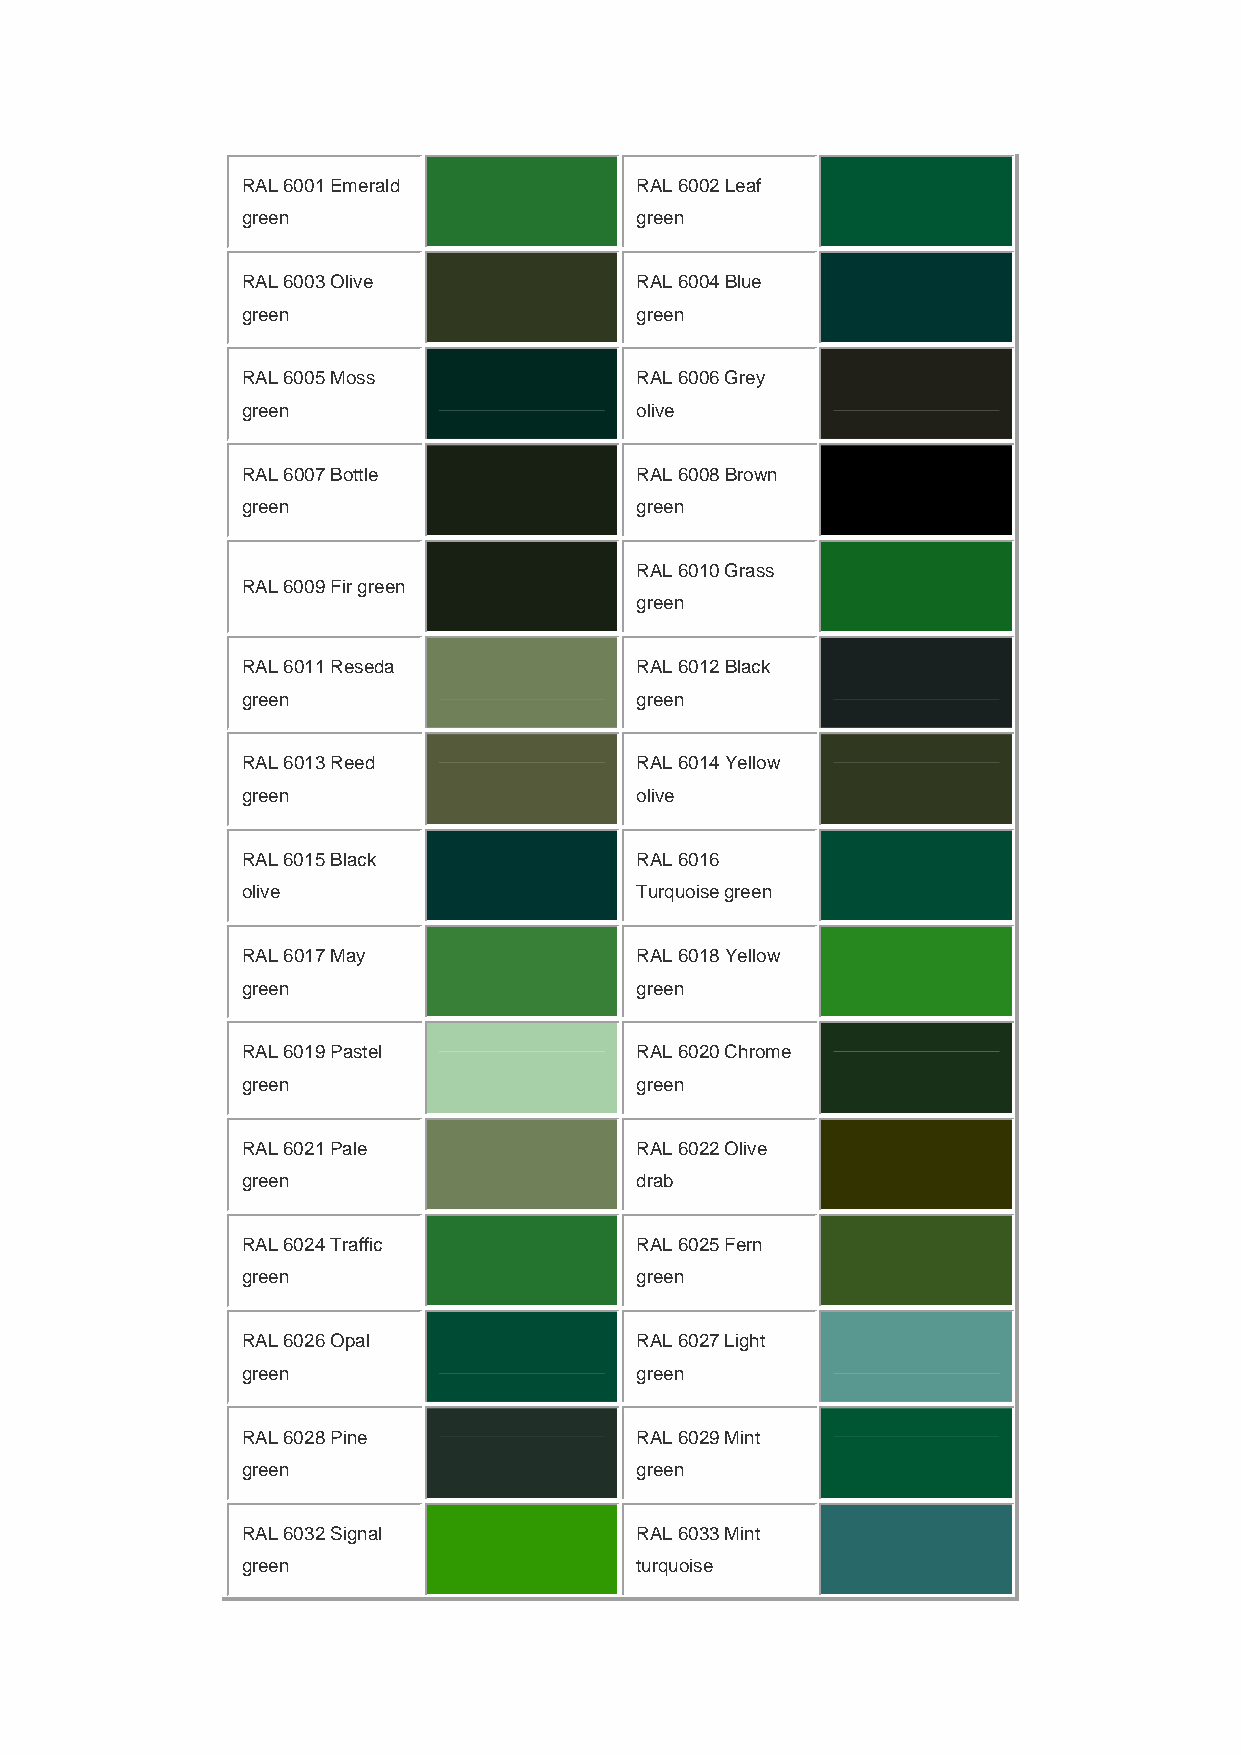
RAL 6001 Emerald          RAL 6002 Leaf
 green                     green
 RAL 6003 Olive            RAL 6004 Blue
 green                     green
 RAL 6005 Moss             RAL 6006 Grey
 green                     olive
 RAL 6007 Bottle           RAL 6008 Brown
 green                     green
 RAL 6010 Grass
 RAL 6009 Fir green
 green
 RAL 6011 Reseda           RAL 6012 Black
 green                     green
 RAL 6013 Reed             RAL 6014 Yellow
 green                     olive
 RAL 6015 Black            RAL 6016
 olive                     Turquoise green
 RAL 6017 May              RAL 6018 Yellow
 green                     green
 RAL 6019 Pastel           RAL 6020 Chrome
 green                     green
 RAL 6021 Pale             RAL 6022 Olive
 green                     drab
 RAL 6024 Traffic          RAL 6025 Fern
 green                     green
 RAL 6026 Opal             RAL 6027 Light
 green                     green
 RAL 6028 Pine             RAL 6029 Mint
 green                     green
 RAL 6032 Signal           RAL 6033 Mint
 green                     turquoise